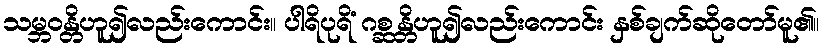
သမ္ဘဝန္တိဟူ၍လည်းကောင်း။ ပါရိပုရိံ ဂစ္ဆန္တိဟူ၍လည်းကောင်း နှစ်ချက်ဆိုတော်မူ၏။